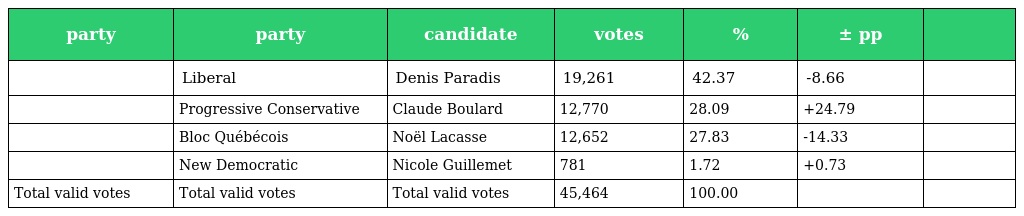
| party | party | candidate | votes | % | ± pp |  |
 | --- | --- | --- | --- | --- | --- | --- |
 |  | Liberal | Denis Paradis | 19,261 | 42.37 | -8.66 |  |
 |  | Progressive Conservative | Claude Boulard | 12,770 | 28.09 | +24.79 |  |
 |  | Bloc Québécois | Noël Lacasse | 12,652 | 27.83 | -14.33 |  |
 |  | New Democratic | Nicole Guillemet | 781 | 1.72 | +0.73 |  |
 | Total valid votes | Total valid votes | Total valid votes | 45,464 | 100.00 |  |  |